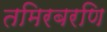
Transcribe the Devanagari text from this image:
तमिरबरणि